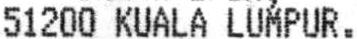
51200 KUALA LUMPUR.